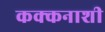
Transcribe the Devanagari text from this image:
कक्कनाशी